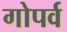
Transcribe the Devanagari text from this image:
गोपर्व